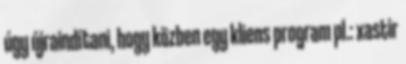
úgy újraindítani, hogy közben egy kliens program pl.: xastir